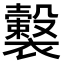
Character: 𧞺